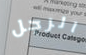
الرجل